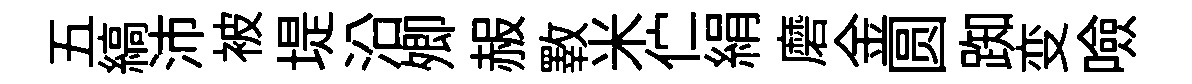
五縞沛被堤沿𡖖赧斁米伫絹磨金圆踟变噞